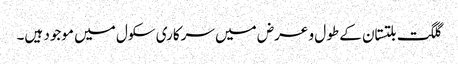
گلگت بلتستان کے طول و عرض میں سرکاری سکول میں موجود ہیں۔